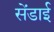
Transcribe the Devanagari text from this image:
सेंडाई